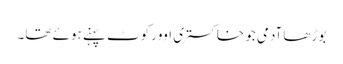
بوڑھا آدمی جو خاکستری اوورکوٹ پہنے ہوئے تھا۔